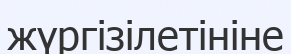
жүргізілетініне